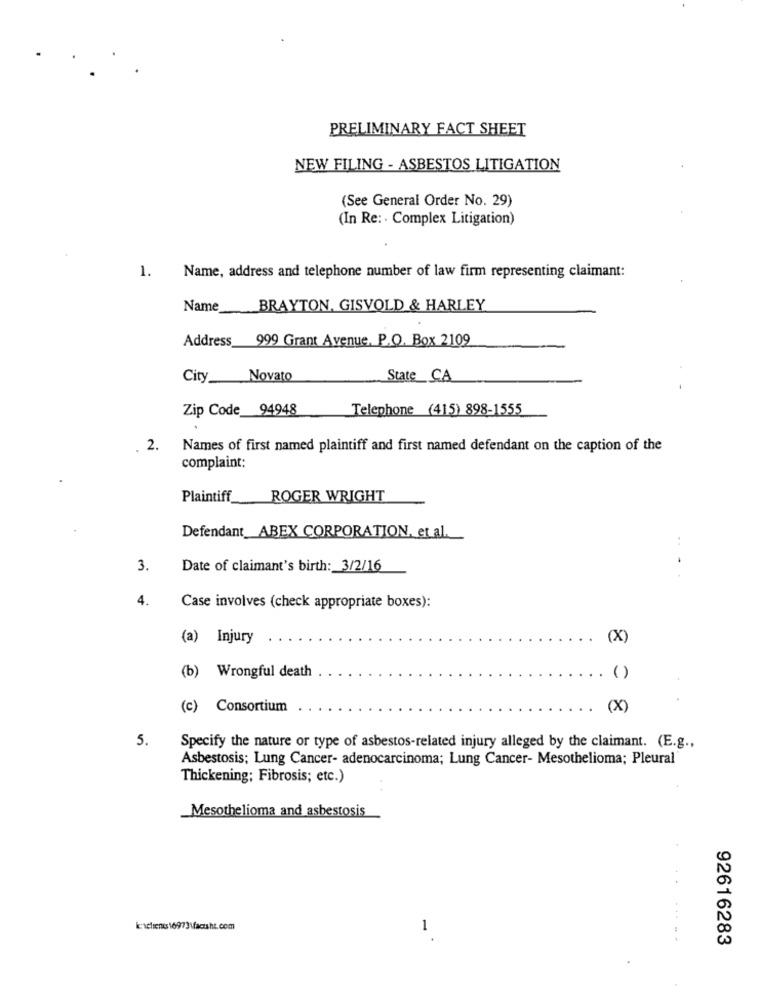
PRELIMINARY FACT SHEET
NEW FILING - ASBESTOS LITIGATION
(See General Order No. 29)
(In Re: · Complex Litigation)
1.
Name, address and telephone number of law firm representing claimant:
Name
BRAYTON, GISVOLD & HARLEY
Address
999 Grant Avenue, P.O. Box 2109
City
Novato
State_CA
Zip Code 94948
Telephone (415) 898-1555
. 2. Names of first named plaintiff and first named defendant on the caption of the
complaint:
Plaintiff
ROGER WRIGHT
Defendant ABEX CORPORATION, et al.
3.
Date of claimant's birth: 3/2/16
....
4.
Case involves (check appropriate boxes):
(a) Injury
(X)
(b) Wrongful death
()
(c) Consortium
(X)
5.
Specify the nature or type of asbestos-related injury alleged by the claimant. (E.g .,
Asbestosis; Lung Cancer- adenocarcinoma; Lung Cancer- Mesothelioma; Pleural
Thickening; Fibrosis; etc.)
Mesothelioma and asbestosis
k-welens169731facshs.com
- *
92616283